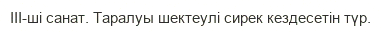
III-ші санат. Таралуы шектеулі сирек кездесетін түр.